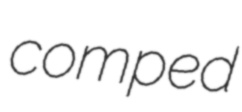
comped